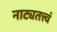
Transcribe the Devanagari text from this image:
नाट्यतत्त्वं